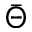
\bar { \Theta }